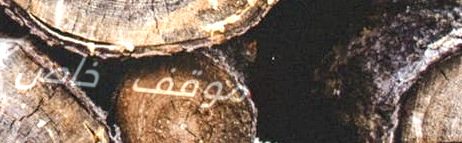
موقف خاص